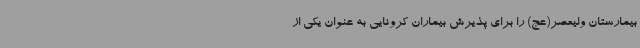
بیمارستان ولیعصر(عج) را برای پذیرش بیماران کرونایی به عنوان یکی از